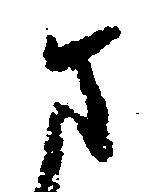
ま